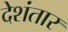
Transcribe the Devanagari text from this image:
देशंतार